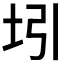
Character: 𰉞